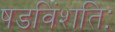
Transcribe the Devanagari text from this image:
षडविंशतिः